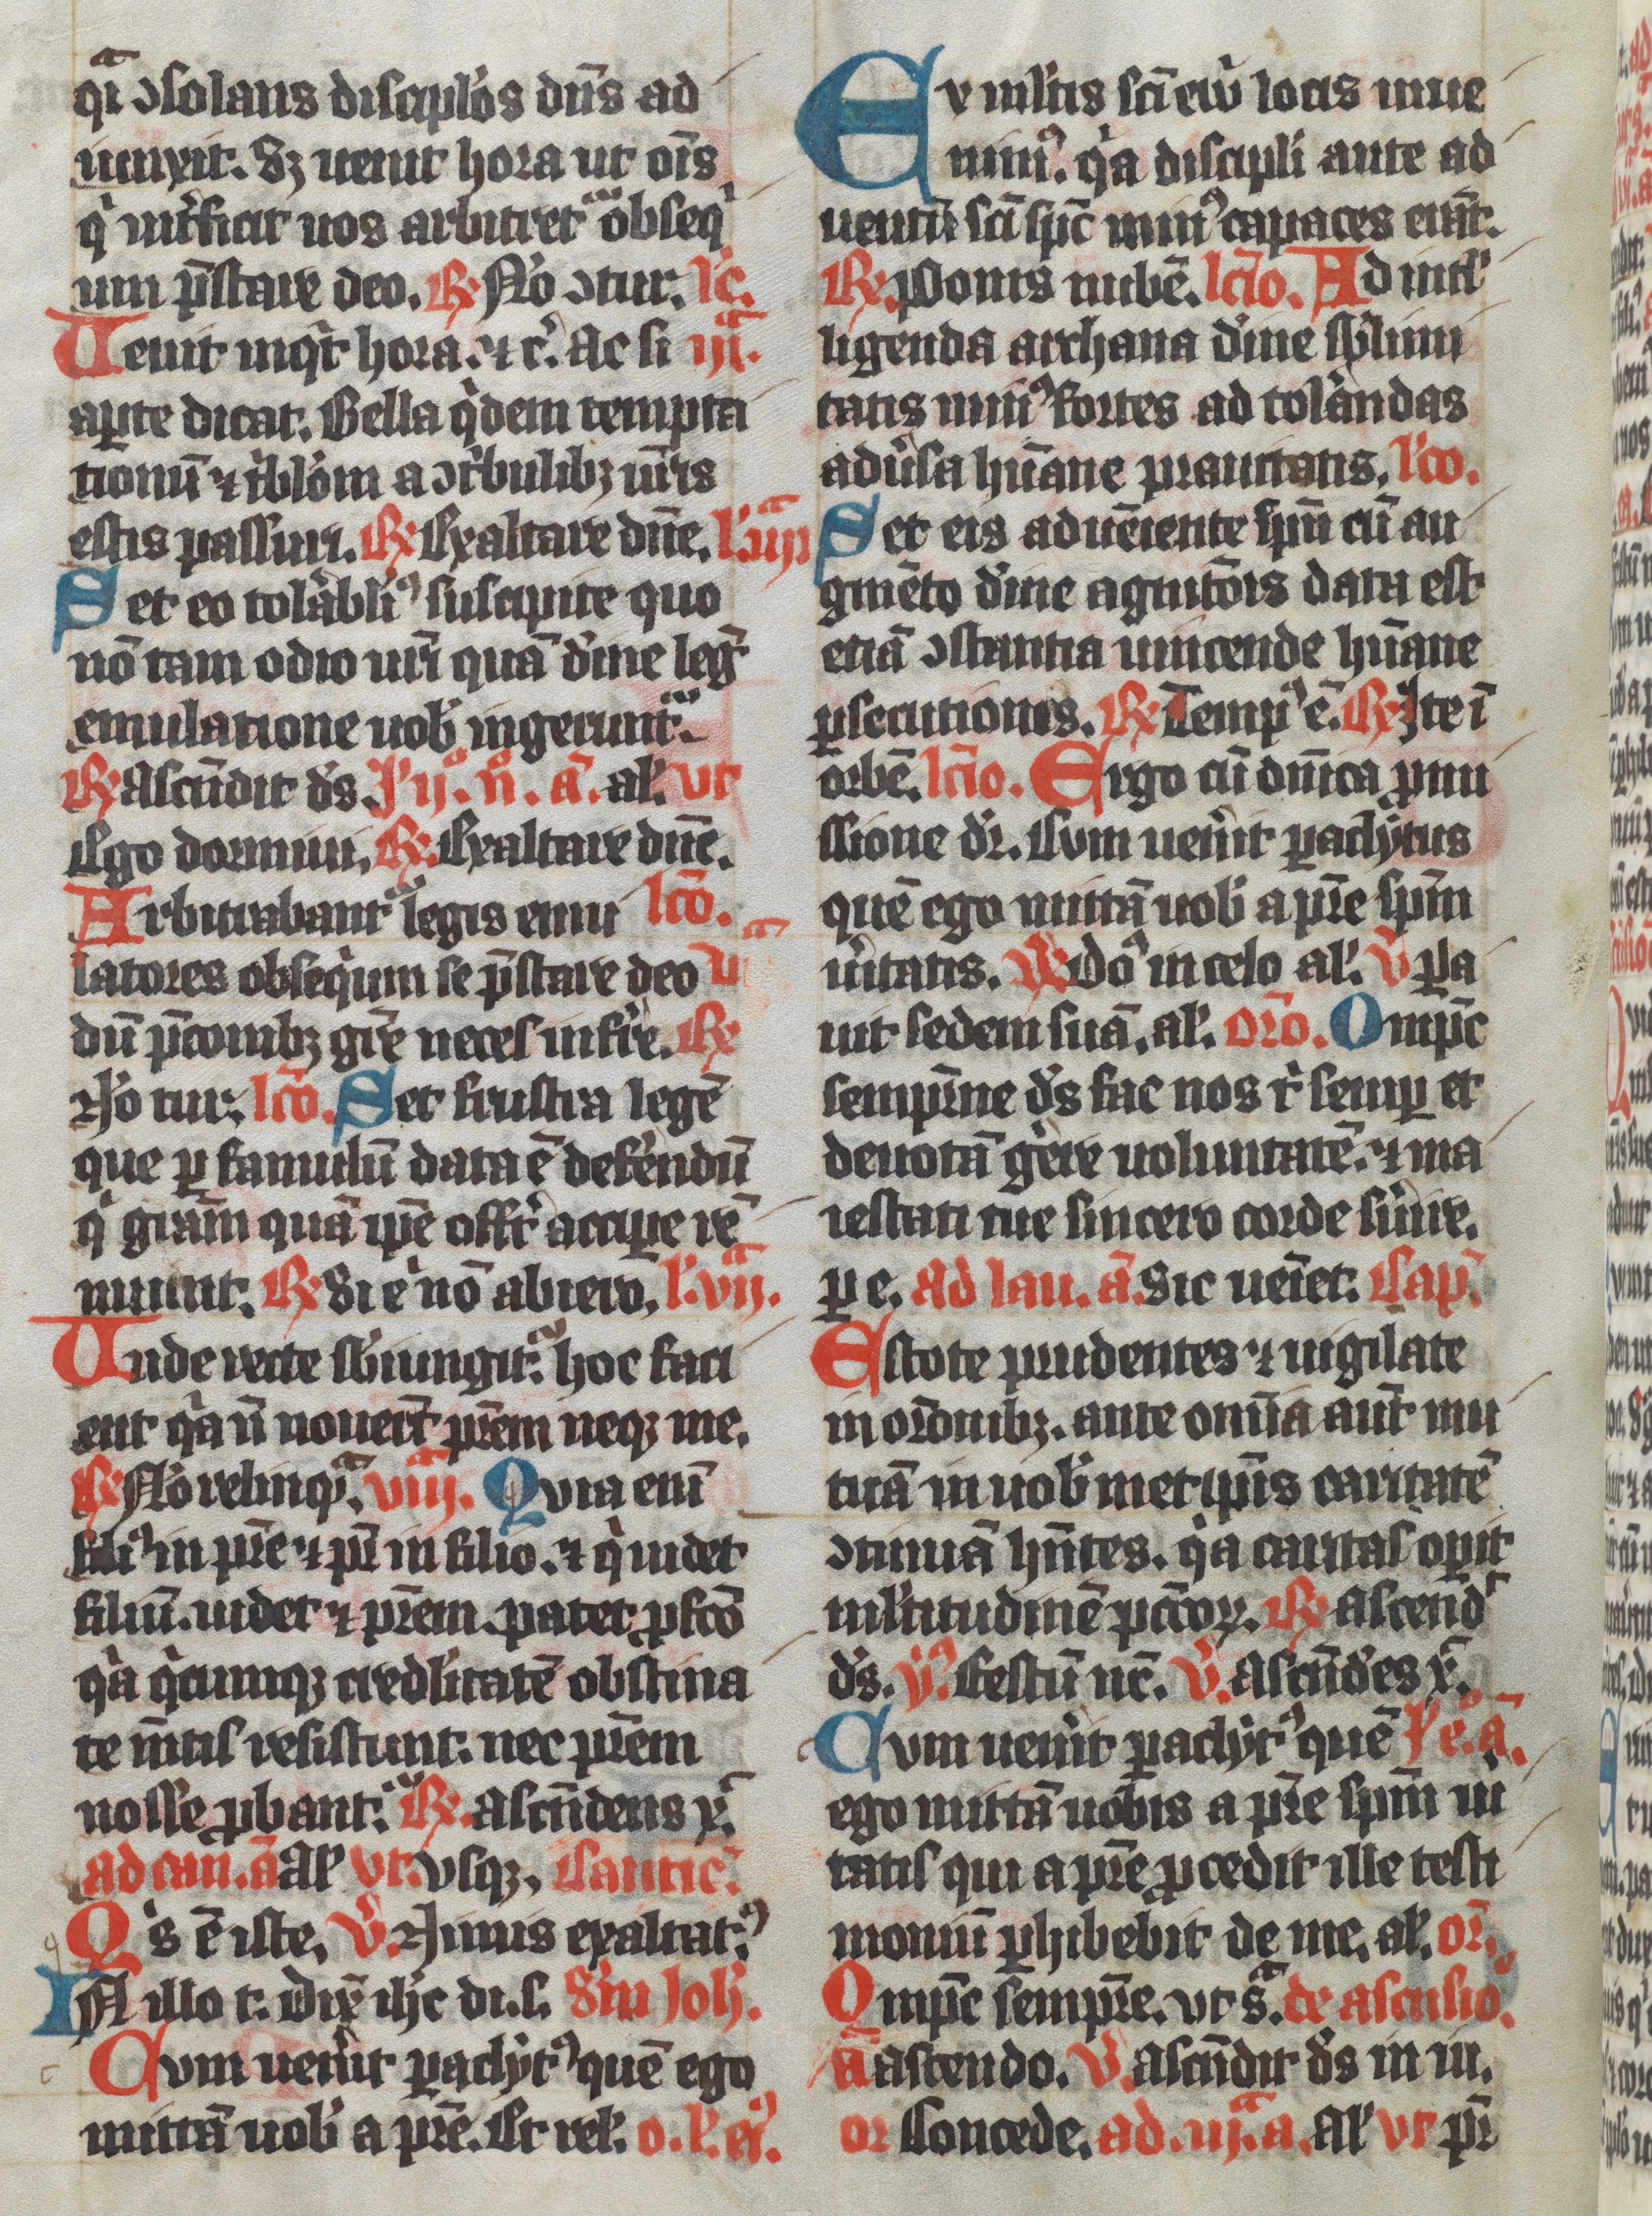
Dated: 1350–1399